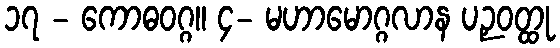
၁၇ - ကောဓဝဂ္ဂ။ ၄- မဟာမောဂ္ဂလာန ပဉှဝတ္ထု